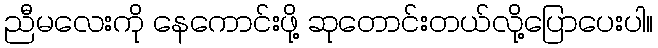
ညီမလေးကို နေကောင်းဖို့ ဆုတောင်းတယ်လို့ပြောပေးပါ။